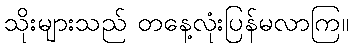
သိုးများသည် တနေ့လုံးပြန်မလာကြ။